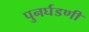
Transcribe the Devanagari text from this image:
पुनर्घडणी